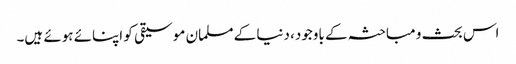
اس بحث و مباحثہ کے باوجود، دنیا کے مسلمان موسیقی کو اپنائے ہوئے ہیں۔